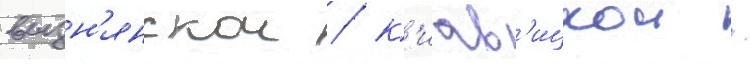
вызн'янскои / к'иав'ицкои /